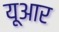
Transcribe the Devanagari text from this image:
यूआर